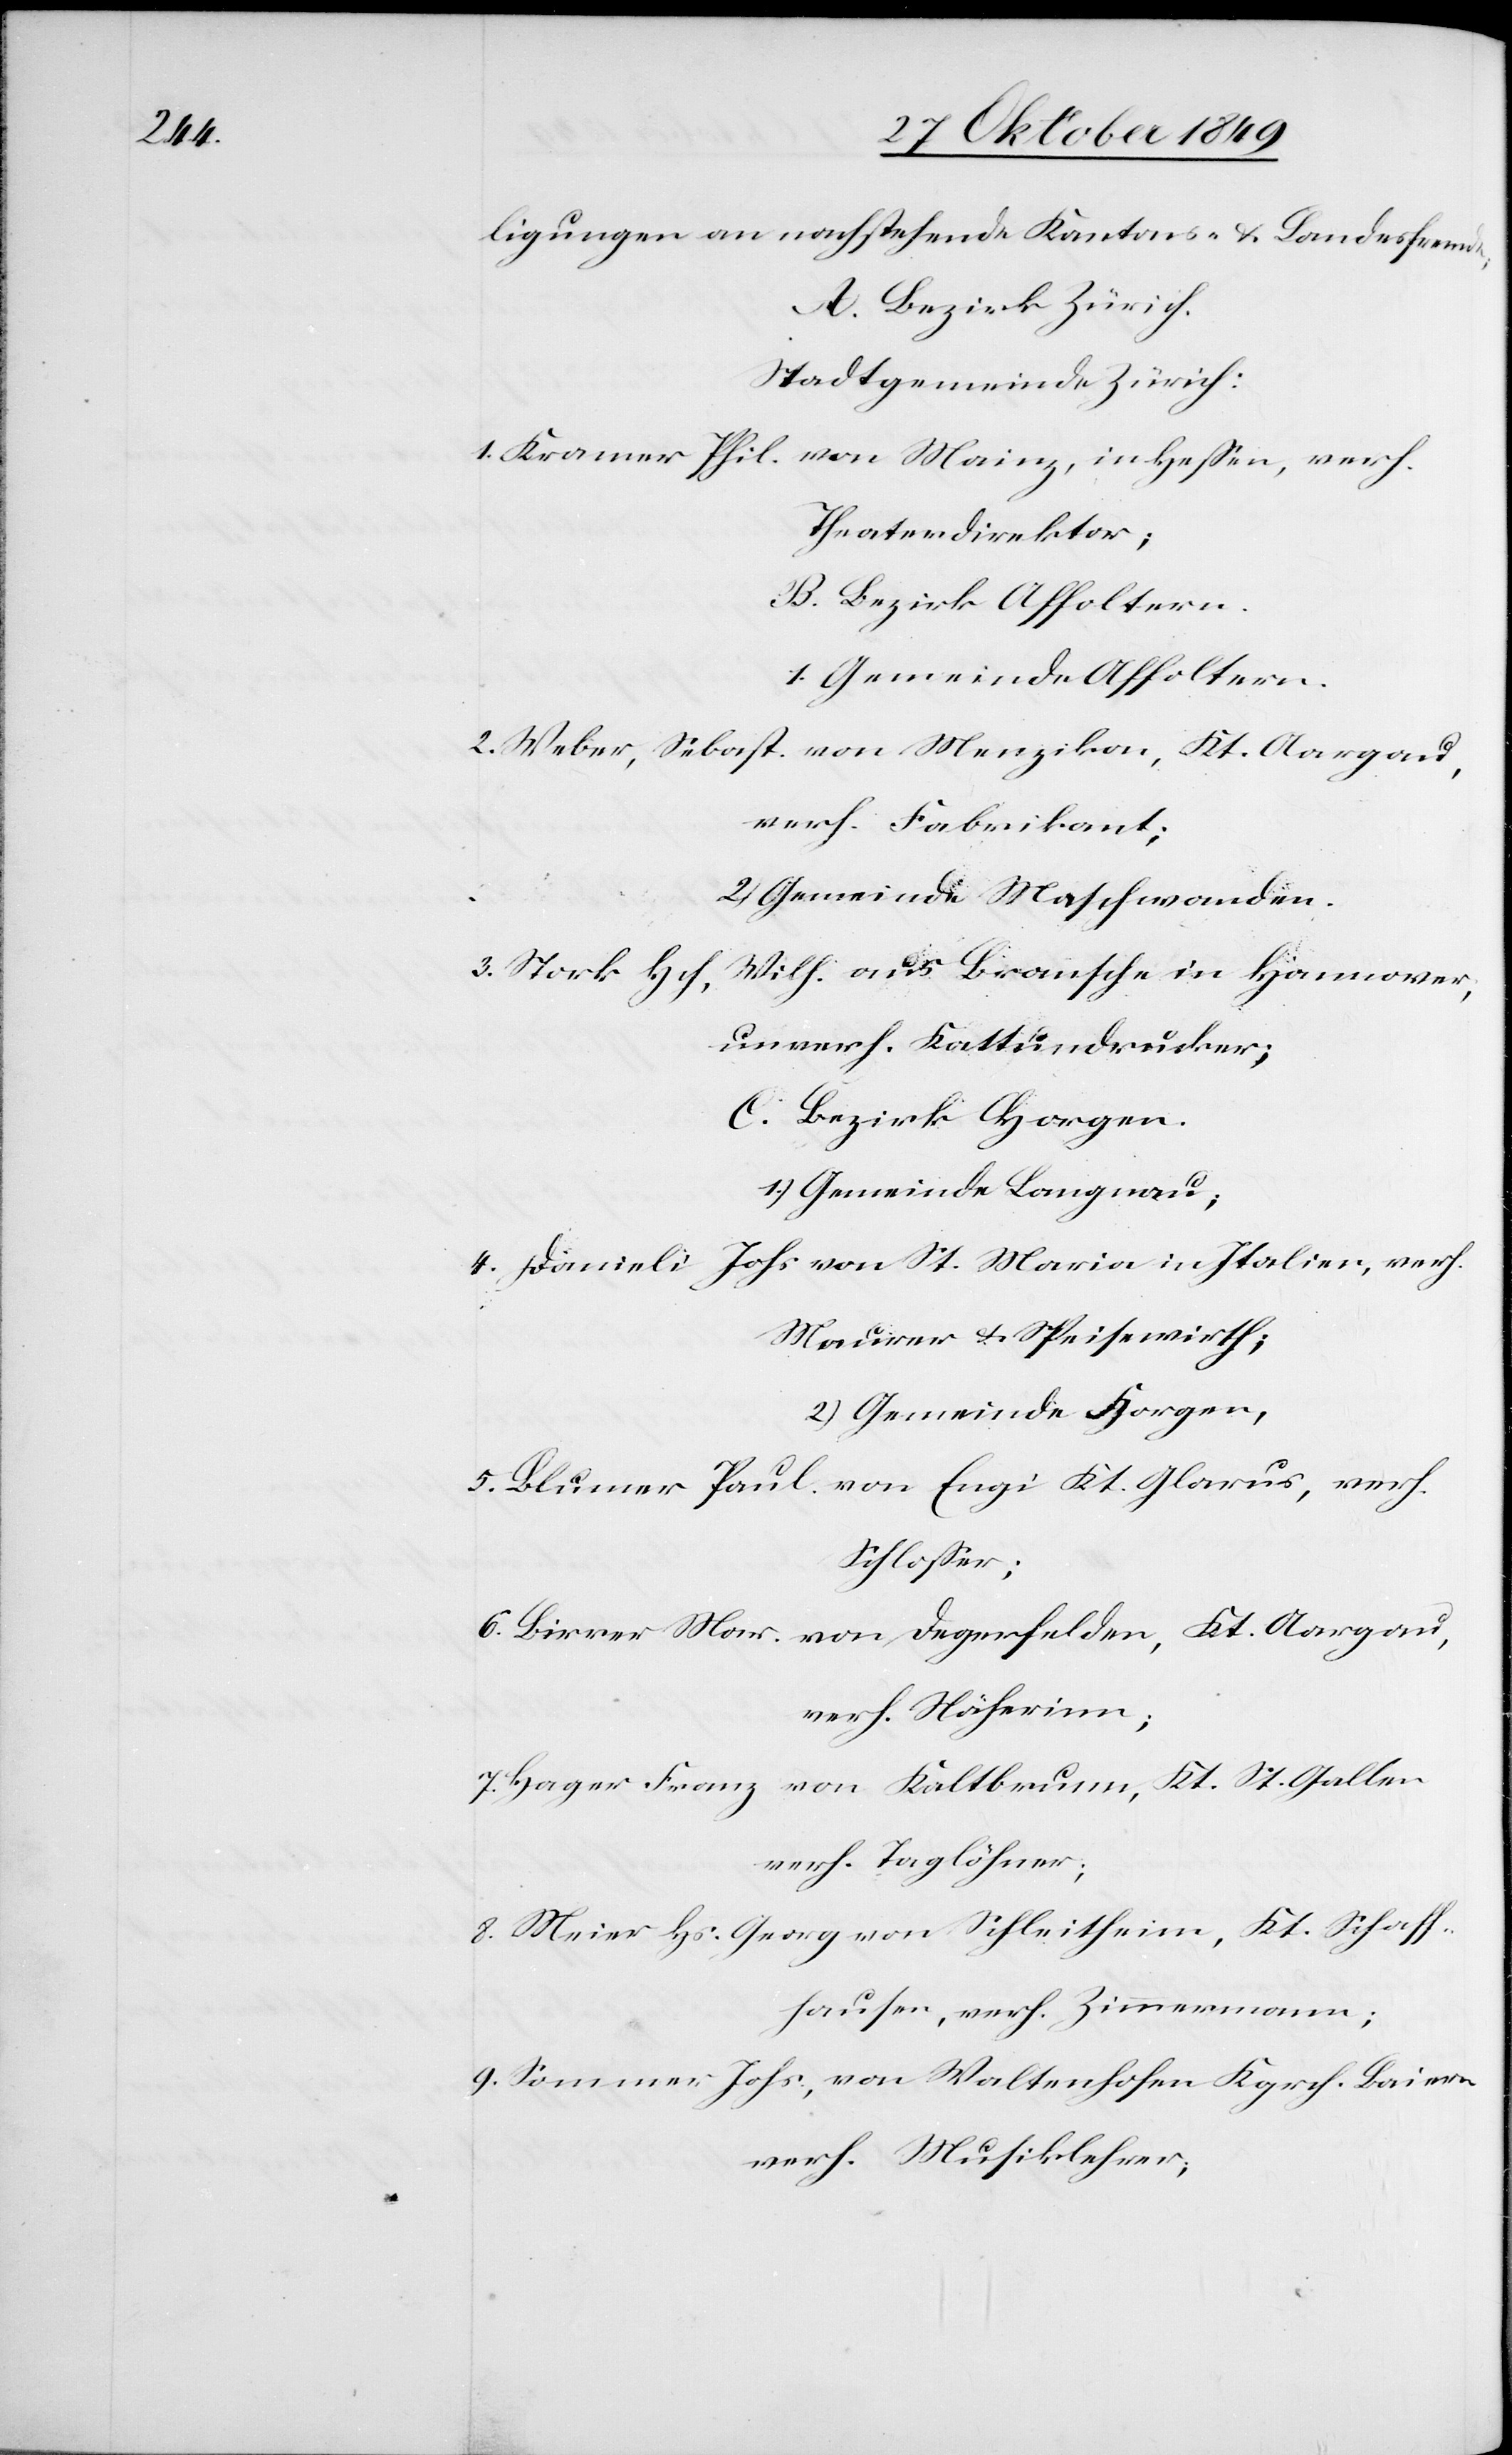
usen,

ligungen an nachstehende Kantons- u. Landesfremde;
A. Bezirk Zürich.
Stadtgemeinde Zürich:
1. Kramer Phil. von Mainz, in Heßen, verh.
Theaterdirektor;
B. Bezirk Affoltern.
1. Gemeinde Affoltern.
2. Weber, Sebast. von Menzikon, Kt. Aargau,
verh. Fabrikant;
2.) Gemeinde Maschwanden.
3. Stork Hch, Wilh. aus Bransche in Hannover,
unverh. Kattundrucker;
C. Bezirk Horgen.
1.) Gemeinde Langnau,
4. Danieli Johs von St. Maria in Italien, verh.
Maurer u. Speisewirth;
2.) Gemeinde Horgen,
5. Blumer Paul von Engi Kt. Aargau,
Schloßer;
6. Birrer Mar. von Degerfelden, Kt. Aargau,
verh. Näherinn;
7. Hager Franz von Kaltbrunn, Kt. St. Gallen
verh. Tagelöhner;
8. Meier Hs. Georg von Schleitheim, Kt. Schaffha¬
9. Sommer Johs., von Waltenhofen Kgrch. Baiern
verh. Musiklehrer;